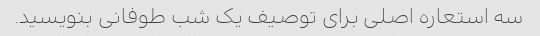
سه استعاره اصلی برای توصیف یک شب طوفانی بنویسید.